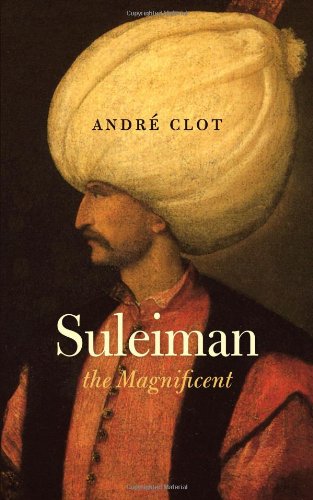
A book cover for Suleiman the Magnificent; Andre Clot; Biographies & Memoirs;